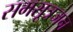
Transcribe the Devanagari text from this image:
समसूत्रजन